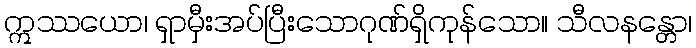
ဣဿယော၊ ရှာမှီးအပ်ပြီးသောဂုဏ်ရှိကုန်သော။ သီလနန္တော၊